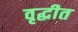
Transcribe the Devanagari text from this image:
वृद्धीत